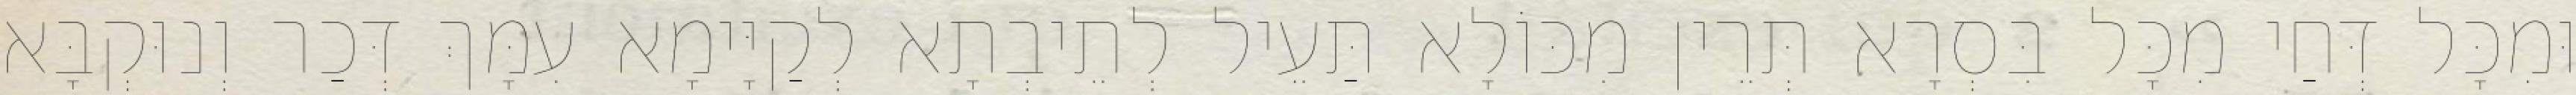
וּמִכָּל דְּחַי מִכָּל בִּסְרָא תְּרֵין מִכּוֹלָא תַּעֵיל לְתֵיבְתָא לְקַיָּימָא עִמָּךְ דְּכַר וְנוּקְבָּא